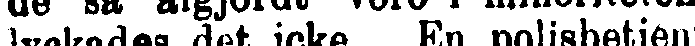
lyckades det icke. En polisbetjen